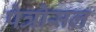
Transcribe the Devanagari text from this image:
पेत्रोसल